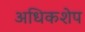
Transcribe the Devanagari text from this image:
अधिकशेप